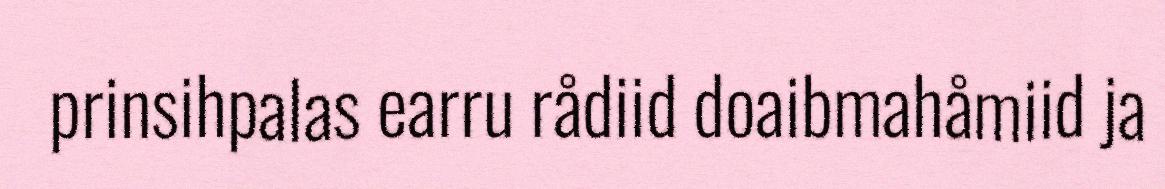
prinsihpalas earru rådiid doaibmahåmiid ja